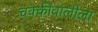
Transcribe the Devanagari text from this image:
चक्कीवालीला